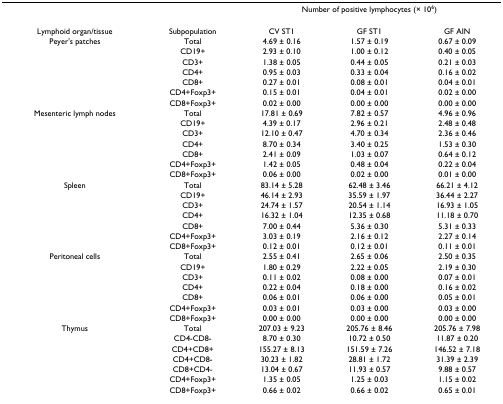
<table><thead><tr><td></td><td></td><td colspan="3"><b>Number of positive lymphocytes (× 10<sup>6</sup>)</b></td></tr></thead><tbody><tr><td>Lymphoid organ/tissue</td><td>Subpopulation</td><td>CV ST1</td><td>GF ST1</td><td>GF AIN</td></tr><tr><td>Peyer&#x27;s patches</td><td>Total</td><td>4.69 ± 0.16</td><td>1.57 ± 0.19</td><td>0.67 ± 0.09</td></tr><tr><td></td><td>CD19+</td><td>2.93 ± 0.10</td><td>1.00 ± 0.12</td><td>0.40 ± 0.05</td></tr><tr><td></td><td>CD3+</td><td>1.38 ± 0.05</td><td>0.44 ± 0.05</td><td>0.21 ± 0.03</td></tr><tr><td></td><td>CD4+</td><td>0.95 ± 0.03</td><td>0.33 ± 0.04</td><td>0.16 ± 0.02</td></tr><tr><td></td><td>CD8+</td><td>0.27 ± 0.01</td><td>0.08 ± 0.01</td><td>0.04 ± 0.01</td></tr><tr><td></td><td>CD4+Foxp3+</td><td>0.15 ± 0.01</td><td>0.04 ± 0.01</td><td>0.02 ± 0.00</td></tr><tr><td></td><td>CD8+Foxp3+</td><td>0.02 ± 0.00</td><td>0.00 ± 0.00</td><td>0.00 ± 0.00</td></tr><tr><td>Mesenteric lymph nodes</td><td>Total</td><td>17.81 ± 0.69</td><td>7.82 ± 0.57</td><td>4.96 ± 0.96</td></tr><tr><td></td><td>CD19+</td><td>4.39 ± 0.17</td><td>2.96 ± 0.21</td><td>2.48 ± 0.48</td></tr><tr><td></td><td>CD3+</td><td>12.10 ± 0.47</td><td>4.70 ± 0.34</td><td>2.36 ± 0.46</td></tr><tr><td></td><td>CD4+</td><td>8.70 ± 0.34</td><td>3.40 ± 0.25</td><td>1.53 ± 0.30</td></tr><tr><td></td><td>CD8+</td><td>2.41 ± 0.09</td><td>1.03 ± 0.07</td><td>0.64 ± 0.12</td></tr><tr><td></td><td>CD4+Foxp3+</td><td>1.42 ± 0.05</td><td>0.48 ± 0.04</td><td>0.22 ± 0.04</td></tr><tr><td></td><td>CD8+Foxp3+</td><td>0.06 ± 0.00</td><td>0.02 ± 0.00</td><td>0.01 ± 0.00</td></tr><tr><td>Spleen</td><td>Total</td><td>83.14 ± 5.28</td><td>62.48 ± 3.46</td><td>66.21 ± 4.12</td></tr><tr><td></td><td>CD19+</td><td>46.14 ± 2.93</td><td>35.59 ± 1.97</td><td>36.44 ± 2.27</td></tr><tr><td></td><td>CD3+</td><td>24.74 ± 1.57</td><td>20.54 ± 1.14</td><td>16.93 ± 1.05</td></tr><tr><td></td><td>CD4+</td><td>16.32 ± 1.04</td><td>12.35 ± 0.68</td><td>11.18 ± 0.70</td></tr><tr><td></td><td>CD8+</td><td>7.00 ± 0.44</td><td>5.36 ± 0.30</td><td>5.31 ± 0.33</td></tr><tr><td></td><td>CD4+Foxp3+</td><td>3.03 ± 0.19</td><td>2.16 ± 0.12</td><td>2.27 ± 0.14</td></tr><tr><td></td><td>CD8+Foxp3+</td><td>0.12 ± 0.01</td><td>0.12 ± 0.01</td><td>0.11 ± 0.01</td></tr><tr><td>Peritoneal cells</td><td>Total</td><td>2.55 ± 0.41</td><td>2.65 ± 0.06</td><td>2.50 ± 0.35</td></tr><tr><td></td><td>CD19+</td><td>1.80 ± 0.29</td><td>2.22 ± 0.05</td><td>2.19 ± 0.30</td></tr><tr><td></td><td>CD3+</td><td>0.11 ± 0.02</td><td>0.08 ± 0.00</td><td>0.07 ± 0.01</td></tr><tr><td></td><td>CD4+</td><td>0.22 ± 0.04</td><td>0.18 ± 0.00</td><td>0.16 ± 0.02</td></tr><tr><td></td><td>CD8+</td><td>0.06 ± 0.01</td><td>0.06 ± 0.00</td><td>0.05 ± 0.01</td></tr><tr><td></td><td>CD4+Foxp3+</td><td>0.03 ± 0.01</td><td>0.03 ± 0.00</td><td>0.03 ± 0.00</td></tr><tr><td></td><td>CD8+Foxp3+</td><td>0.00 ± 0.00</td><td>0.00 ± 0.00</td><td>0.00 ± 0.00</td></tr><tr><td>Thymus</td><td>Total</td><td>207.03 ± 9.23</td><td>205.76 ± 8.46</td><td>205.76 ± 7.98</td></tr><tr><td></td><td>CD4-CD8-</td><td>8.70 ± 0.30</td><td>10.72 ± 0.50</td><td>11.87 ± 0.20</td></tr><tr><td></td><td>CD4+CD8+</td><td>155.27 ± 8.13</td><td>151.59 ± 7.26</td><td>146.52 ± 7.18</td></tr><tr><td></td><td>CD4+CD8-</td><td>30.23 ± 1.82</td><td>28.81 ± 1.72</td><td>31.39 ± 2.39</td></tr><tr><td></td><td>CD8+CD4-</td><td>13.04 ± 0.67</td><td>11.93 ± 0.57</td><td>9.88 ± 0.57</td></tr><tr><td></td><td>CD4+Foxp3+</td><td>1.35 ± 0.05</td><td>1.25 ± 0.03</td><td>1.15 ± 0.02</td></tr><tr><td></td><td>CD8+Foxp3+</td><td>0.66 ± 0.02</td><td>0.66 ± 0.02</td><td>0.65 ± 0.01</td></tr></tbody></table>